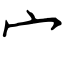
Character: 宀